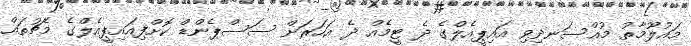
މައުލޫމާތު މުއްސަނދިވި އައިޕީއެލްގެ ދެ ޓީމެއް ދެ އަހަރަށް ސަސްޕެންޑް ކޮށްފިއައިޕީއެލްގެ މެޗުތައް